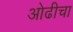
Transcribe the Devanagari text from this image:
ओढीचा